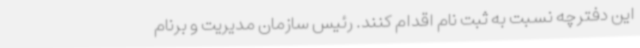
این دفترچه نسبت به ثبت نام اقدام کنند. رئیس سازمان مدیریت و برنام